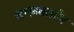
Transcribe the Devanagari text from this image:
सालवाडोर